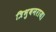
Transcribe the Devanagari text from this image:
त्रिभुवनराय।